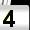
Digit: 4